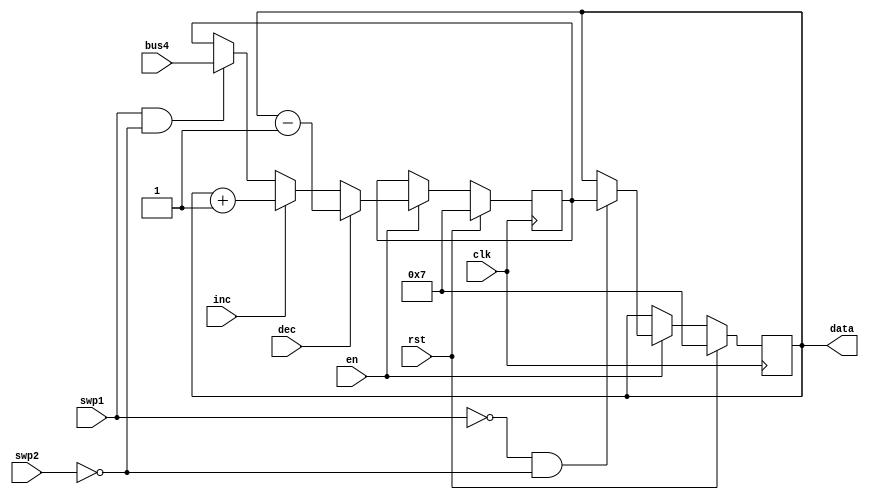
module R11(inc,dec,en,swp1,swp2,clk,bus4,rst,data
    );
input inc,dec,en,swp1,swp2,clk,rst;
input [17:0] bus4;
output reg [17:0] data= 18'd7;
reg [17:0] swpreg= 18'd7;

always @ (negedge clk) begin
	if (rst) begin
	   data<= 18'd7; 
		swpreg<= 18'd7;
		end
	else if (en) begin
	   if (swp1 & !swp2)
		swpreg<= bus4;
		
		if (inc) 
		swpreg <= data+1; //Incrementing 3FFFF results in 0
		
		if (dec)
		swpreg <= data-1;
		
	if (!swp1 & !swp2)
		data <= swpreg;
	 
	end

end
		
endmodule